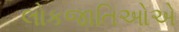
લોકજાતિઓએ